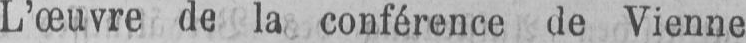
L’œuvre de la conférence de Vienne